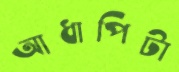
আধাপিটা